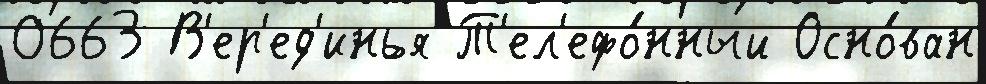
0663 В'ер'ед'инья Т'ел'ефо́нный Осно́ван